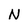
Character: N